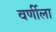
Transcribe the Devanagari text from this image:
वर्णीला